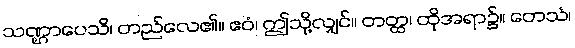
သဏ္ဌာပေသိ၊ တည်လေ၏။ ဧဝံ၊ ဤသို့လျှင်။ တတ္ထ၊ ထိုအရာ၌။ တေသံ၊